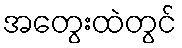
အတွေးထဲတွင်